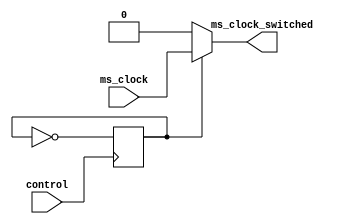
module ms_clock_switched(ms_clock, control, ms_clock_switched);

	input ms_clock, control;
	output ms_clock_switched;
	reg ms_clock_switched;
	reg state; //0 paused, 1 active
	
	//Basic state machine for toggleing the clock
	always @ (negedge control)
		state <= ~state;
	
	always @ (ms_clock)
		begin
			if (state == 0)
				ms_clock_switched <= 0;
			else
				ms_clock_switched <= ms_clock;
		end
endmodule